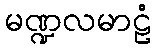
မဏ္ဍလမာဠံ